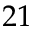
2 1